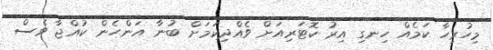
މިހުރިހާ ކަމެއް ހިނގި އިރު ކޮޓަރިއަށް ވެއްދިކަމަށް ބުނާ އަންހެން ކުއްޖާ ވެސް